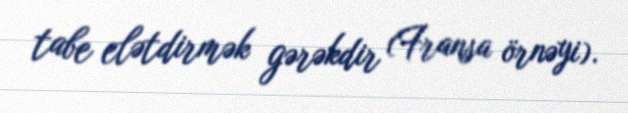
tabe elətdirmək gərəkdir (Fransa örnəyi).